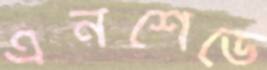
এনশেডে